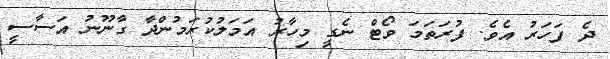
ދެ ފަހަރު އެވެ. ފުރަތަމަ ވޯޓް ނެގީ މިހާރު އަމަލުކުރަމުންދާ ގާނޫނު އަސާސީ